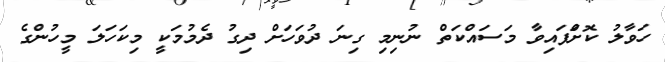
ހަވާލު ކޮށްަފައިވާ މަސައްކަތް ނުނިމި ގިނަ ދުވަހަށް ދިގު ދެމުމަކީ މިކަހަލަ މީހުންގެ